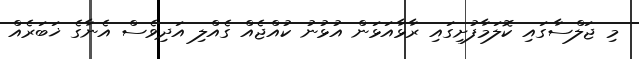
މި ޖަލްސާގައި ކޮލަމާފުށިގައި ރާޅާއަޅަން އުޅުނު ކުއްޖެއް ގެއްލި އަދިވެސް އެނާގެ ޚަބަރެއް